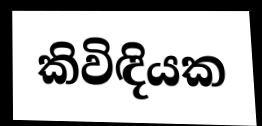
කිවිඳියක